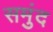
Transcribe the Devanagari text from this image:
समुंद